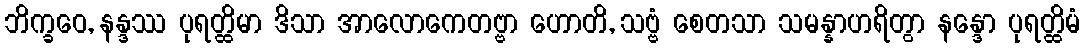
ဘိက္ခဝေ, နန္ဒဿ ပုရတ္ထိမာ ဒိသာ အာလောကေတဗ္ဗာ ဟောတိ, သဗ္ဗံ စေတသာ သမန္နာဟရိတွာ နန္ဒော ပုရတ္ထိမံ